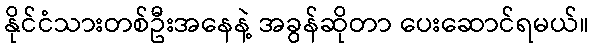
နိုင်ငံသားတစ်ဦးအနေနဲ့ အခွန်ဆိုတာ ပေးဆောင်ရမယ်။